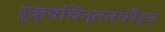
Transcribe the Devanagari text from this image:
रुक्षचिन्तनपरैर्न